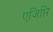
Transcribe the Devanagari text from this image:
एजिप्ति